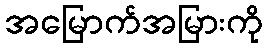
အမြောက်အမြားကို